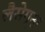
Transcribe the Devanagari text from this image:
लैसेग्ना